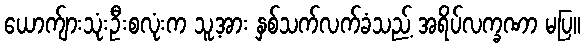
ယောက်ျားသုံးဦးစလုံးက သူ့အား နှစ်သက်လက်ခံသည့် အရိပ်လက္ခဏာ မပြ။